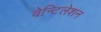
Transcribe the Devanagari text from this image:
वेन्टिलेशन